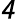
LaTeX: \mathsfit{4}